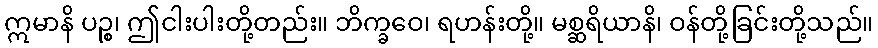
ဣမာနိ ပဉ္စ၊ ဤငါးပါးတို့တည်း။ ဘိက္ခဝေ၊ ရဟန်းတို့။ မစ္ဆရိယာနိ၊ ဝန်တို့ခြင်းတို့သည်။